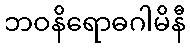
ဘဝနိရောဓဂါမိနီ